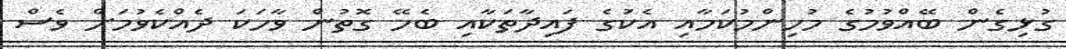
ގުޅިގެން ބޭއްވުމުގެ މުހިންމުކަމާއި އެކަުގެ ފައިދާތަކާއި ބެހޭ ގޮތުން ވާހަކަ ދެއްކެވުމަށް ވެސް